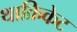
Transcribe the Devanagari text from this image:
थाक्रिकेट